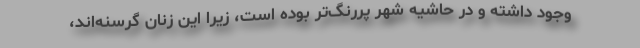
وجود داشته و در حاشيه‌ شهر پررنگ‌تر بوده است، زيرا اين زنان گرسنه‌اند،